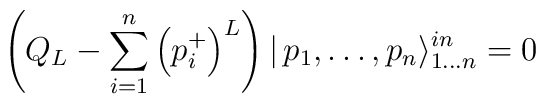
\left( Q_{L}-\sum_{i=1}^{n}\left( p_{i}^{+}\right) ^{L}\right)|\,p_{1},\dots ,p_{n}\rangle _{1\dots n}^{in}=0